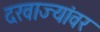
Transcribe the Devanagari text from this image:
दरवाज्यांवर